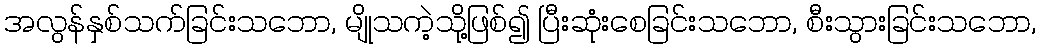
အလွန်နှစ်သက်ခြင်းသဘော, မျိုသကဲ့သို့ဖြစ်၍ ပြီးဆုံးစေခြင်းသဘော, စီးသွားခြင်းသဘော,